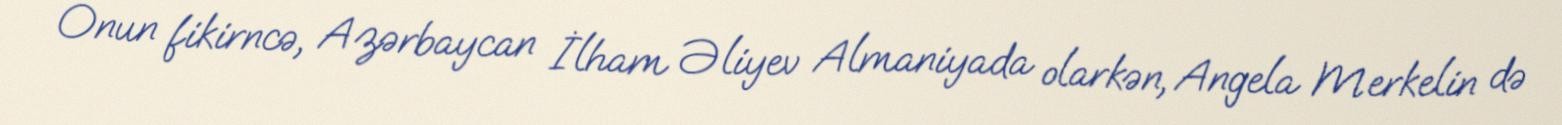
Onun fikirncə, Azərbaycan İlham Əliyev Almaniyada olarkən, Angela Merkelin də